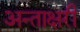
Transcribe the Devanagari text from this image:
अन्ताक्षरी